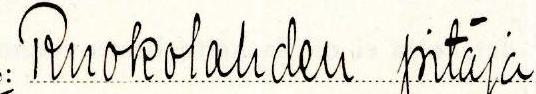
Ruokolahden pitäjä